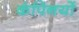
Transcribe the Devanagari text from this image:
कंपिनयों